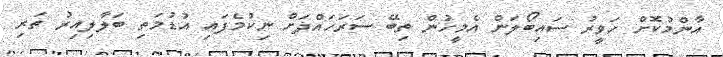
އާންމުކޮށް ހަވީރު ސައިބޯލަން އެމީހުން ތިބޭ ސަރަހައްދަށް ނިކުމެފައި އުޑުމަތި ބަލާލިއިރު ތަރި